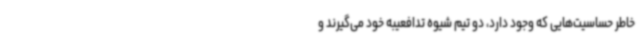
خاطر حساسیت‌هایی که وجود دارد، دو تیم شیوه تدافعیبه خود می‌گیرند و